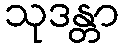
သုဒန္တာ